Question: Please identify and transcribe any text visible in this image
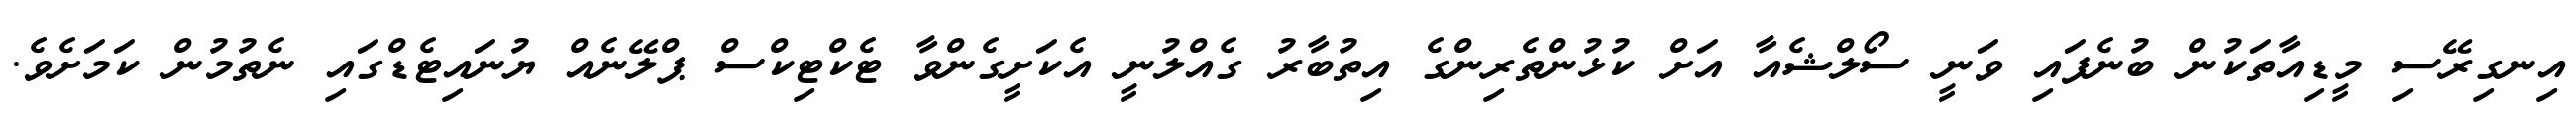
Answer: އިނގިރޭސި މީޑިއާތަކުން ބުނެފައި ވަނީ ސޯލްޝެއާ އަށް ކުޅުންތެރިންގެ އިތުބާރު ގެއްލުނީ އެކަށީގެންވާ ޓެކްޓިކްސް ޕްލޭނެއް ޔުނައިޓެޑްގައި ނެތުމުން ކަމަށެވެ.